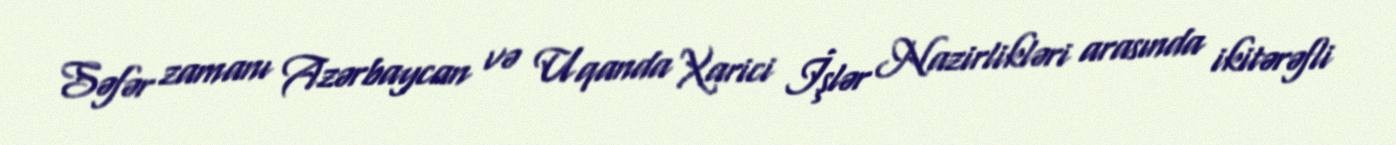
Səfər zamanı Azərbaycan və Uqanda Xarici İşlər Nazirlikləri arasında ikitərəfli